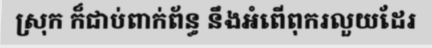
ស្រុក ក៏ជាប់ពាក់ព័ន្ធ នឹងអំពើពុករលួយដែរ